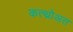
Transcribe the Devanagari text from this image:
कत्थ्रोअत